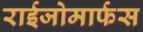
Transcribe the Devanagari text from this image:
राईजोमार्फस